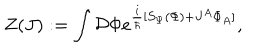
Z ( J ) : = \int { \cal { D } } \Phi e ^ { \frac { i } { \hbar } [ S _ { \Psi } ( \Phi ) + J ^ { A } \Phi _ { A } ] } ,